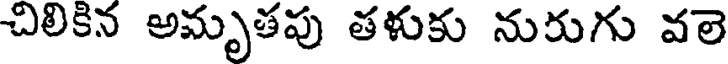
చిలికిన అమృతపు తళుకు నురుగు వలె